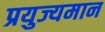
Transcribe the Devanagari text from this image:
प्रयुज्यमान